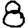
Digit: 8